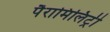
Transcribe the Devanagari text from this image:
पैरामिलिट्री